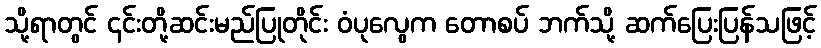
သို့ရာတွင် ၎င်းတို့ဆင်းမည်ပြုတိုင်း ဝံပုလွေက တောစပ် ဘက်သို့ ဆက်ပြေးပြန်သဖြင့်